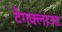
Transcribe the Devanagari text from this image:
टैगक्लाउड